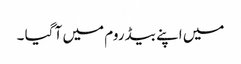
میں اپنے بیڈ روم میں آ گیا ۔